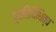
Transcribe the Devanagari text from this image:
प्रतिदिधित्व